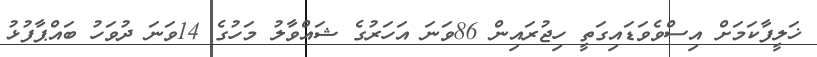
ޚަލީފާކަމަށް އިސްވެވަޑައިގަތީ ހިޖުރައިން 86ވަނަ އަހަރުގެ ޝައްވާލު މަހުގެ 14ވަނަ ދުވަހު ބައްޕާފުޅު